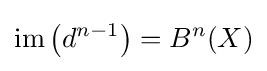
\mathrm {im} \left(d^{n-1}\right)=B^{n}(X)